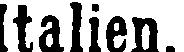
Italien.